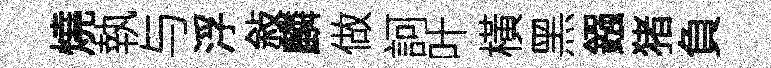
燒執与浮敍麟做訶叶橫黑鏹猪負